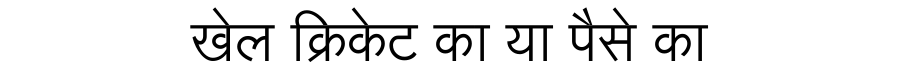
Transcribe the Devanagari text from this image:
खेल क्रिकेट का या पैसे का